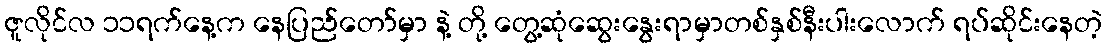
ဇူလိုင်လ ၁၁ရက်နေ့က နေပြည်တော်မှာ နဲ့ တို့ တွေ့ဆုံဆွေးနွေးရာမှာတစ်နှစ်နီးပါးလောက် ရပ်ဆိုင်းနေတဲ့